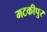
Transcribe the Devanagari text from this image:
मटकीपुर